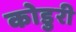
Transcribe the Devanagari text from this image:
कोडुरी